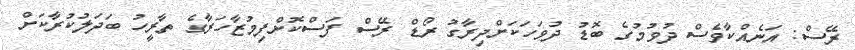
ރޭސް: އަނެއްކާވެސް ދުވުމުގެ ބޮޑު ދުވަހަކަށްދިރާގު ރޯޑް ރޭސް ފަސްކޮށްފިމުޒާހަރާގެ ތާރީހު ބަދަލުކުރާކަށް